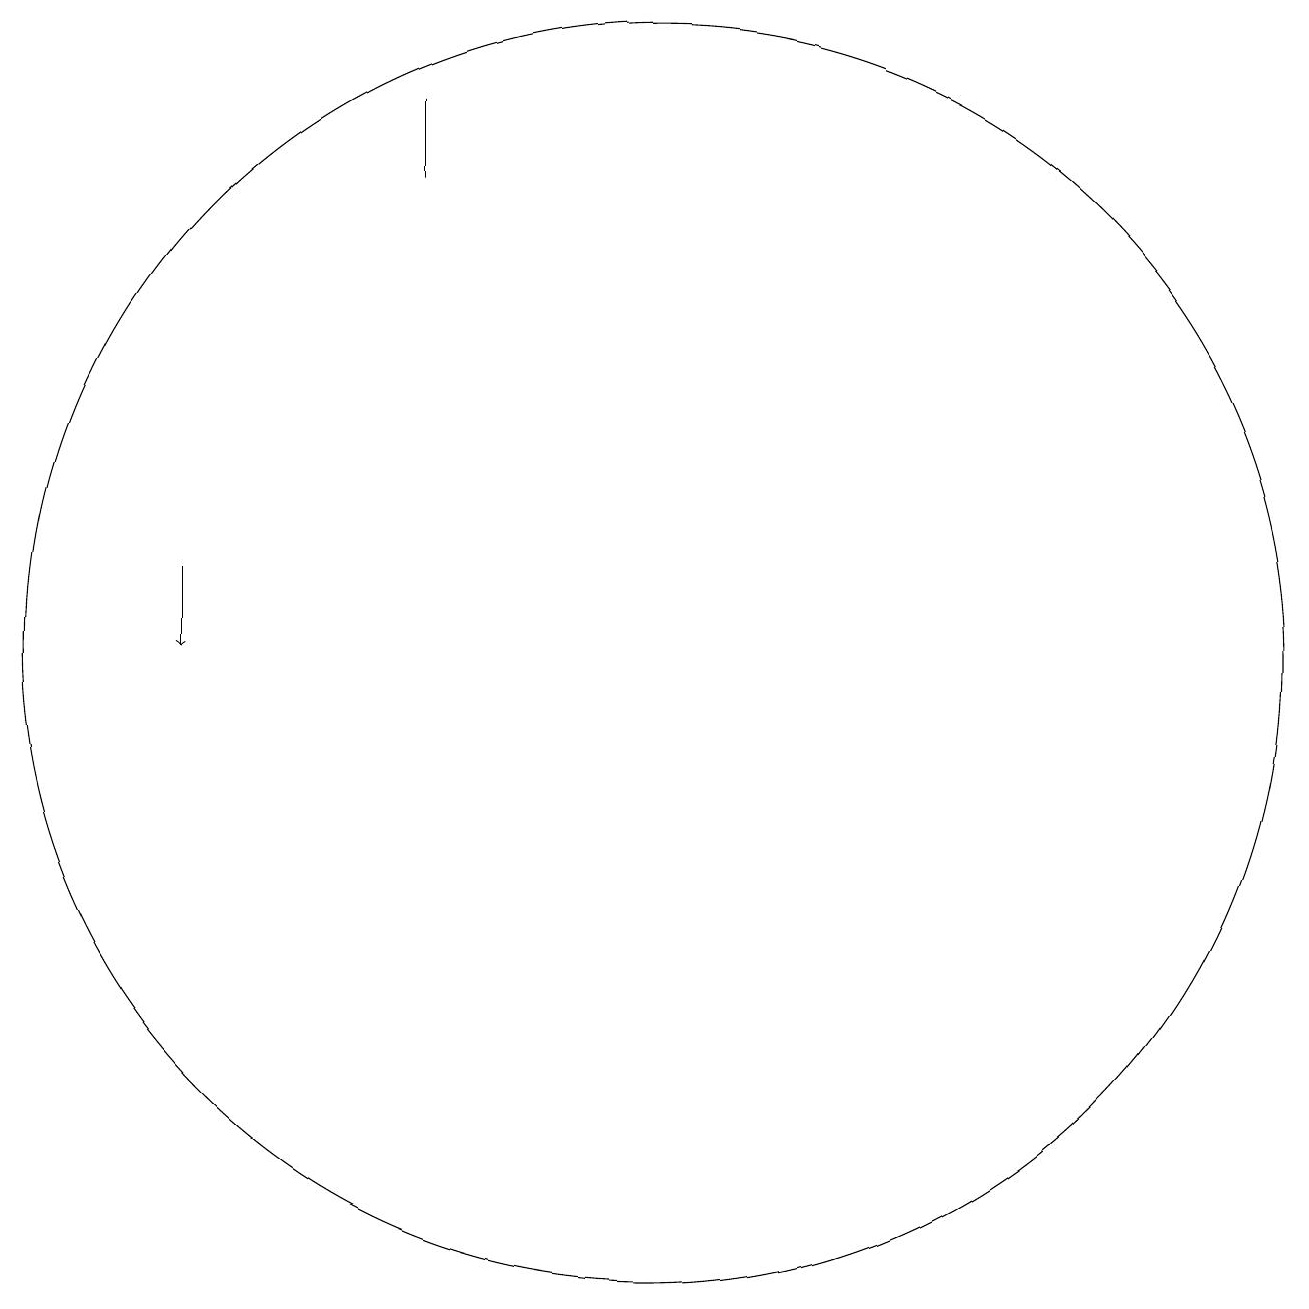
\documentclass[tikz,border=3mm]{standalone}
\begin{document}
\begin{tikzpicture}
\draw (11,10) circle (8);
\draw (8,17) rectangle (8,16);
\draw[->] (5,11) -- (5,10);
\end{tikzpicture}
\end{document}